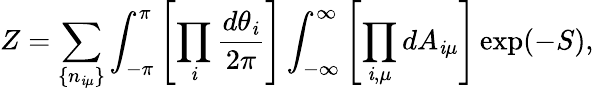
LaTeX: Z=\sum_{\{ n_{\mathit{i}\mu}\} }\int_{-\pi}^{\pi}\left[\prod_{\mathit{i}}\frac{{d\theta_{\mathit{i}}}}{{2\pi}}\right]\int_{-\infty}^{\infty}\left[\prod_{\mathit{i},\mu}dA_{\mathit{i}\mu}\right]\exp(-S),